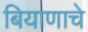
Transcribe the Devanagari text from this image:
बियाणाचे